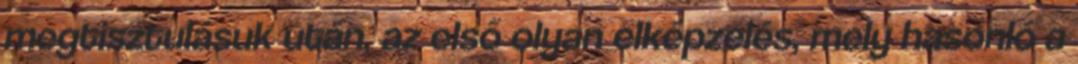
megtisztulásuk után, az első olyan elképzelés, mely hasonló a